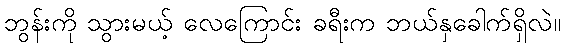
ဘွန်းကို သွားမယ့် လေကြောင်း ခရီးက ဘယ်နှခေါက်ရှိလဲ။